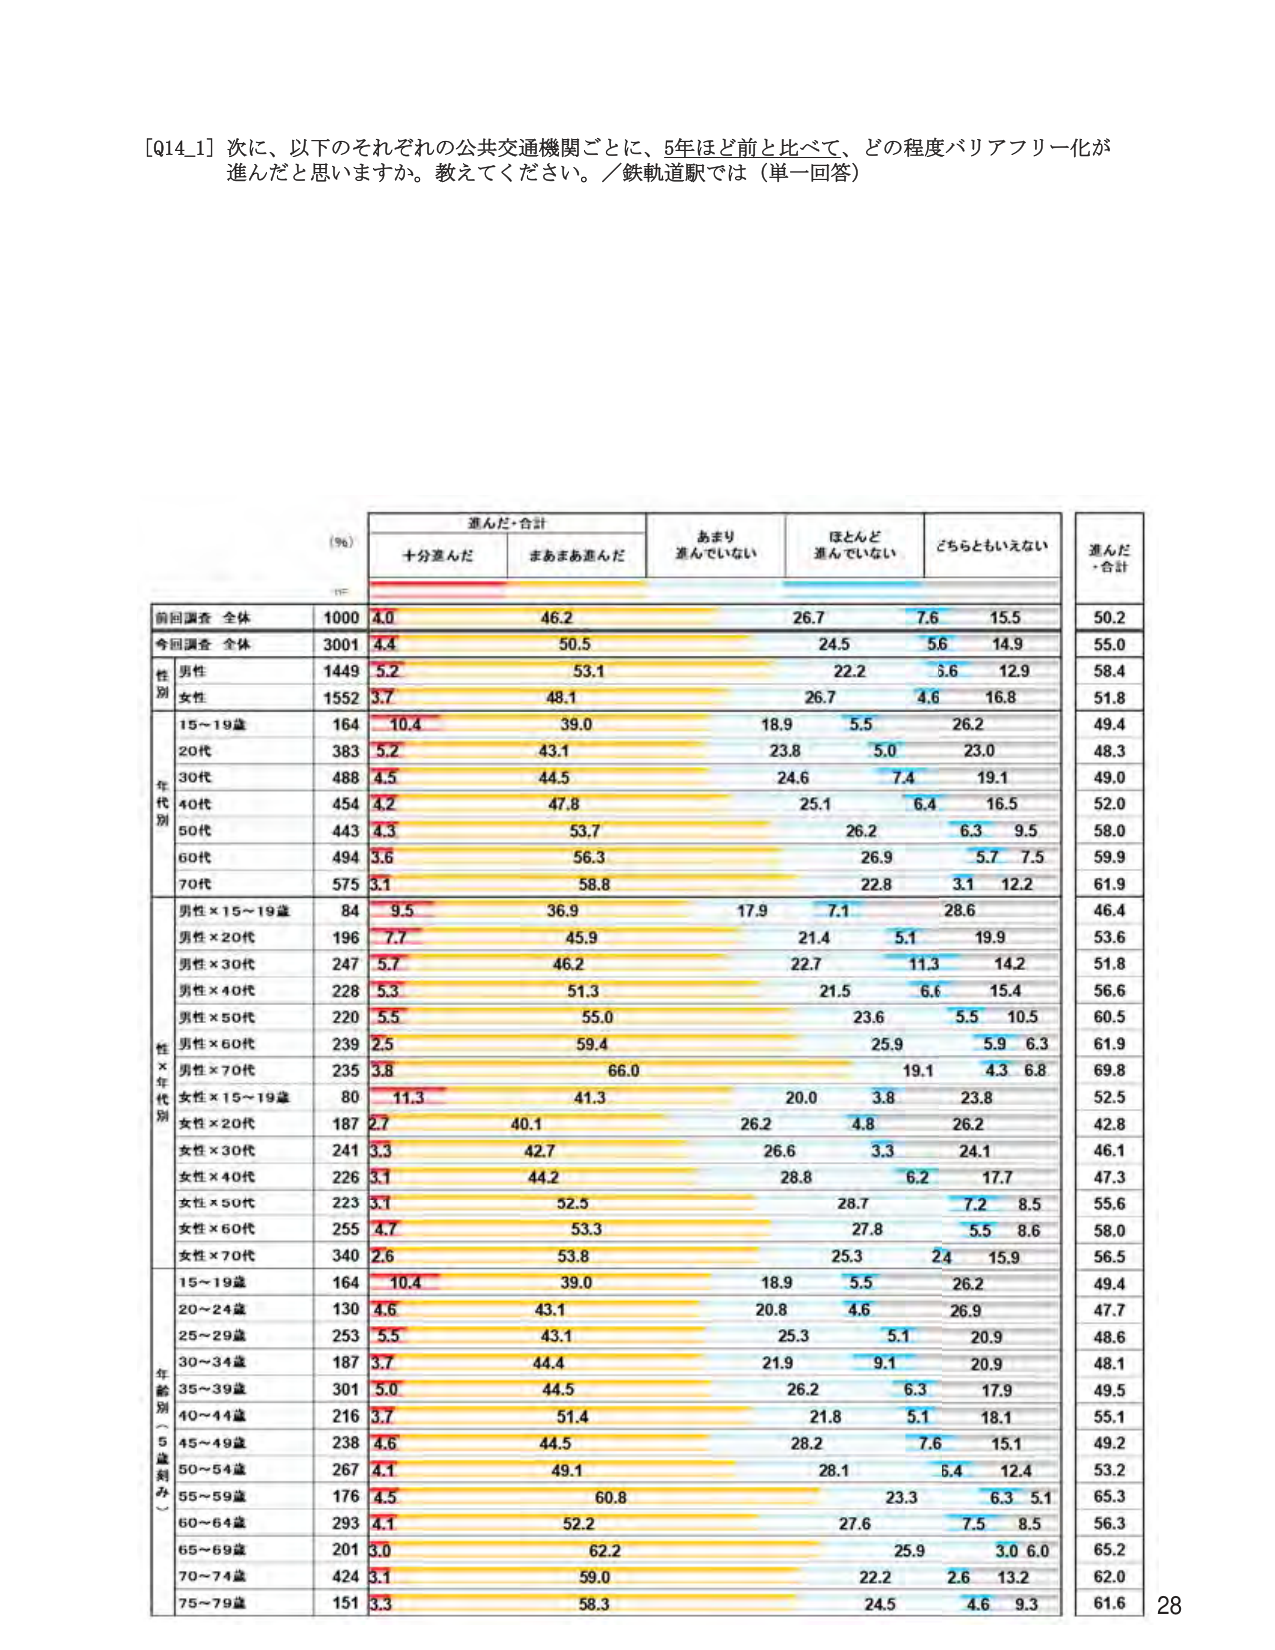
[Q14_1] 次に、以下のそれぞれの公共交通機関ごとに、5年ほど前と比べて、どの程度バリアフリー化が進んだと思いますか。教えてください。／鉄軌道駅では（単一回答）

(%)
進んだ・合計
十分進んだ
まあまあ進んだ
あまり進んでいない
ほとんど進んでいない
どちらともいえない
進んだ・合計

前回調査 全体
1000
4.0
46.2
26.7
7.6
15.5
50.2

今回調査 全体
3001
4.4
50.5
24.5
5.6
14.9
55.0

性別
男性
1449
5.2
53.1
22.2
5.6
12.9
58.4
女性
1552
3.7
48.1
26.7
4.6
16.8
51.8

年代別
15～19歳
164
10.4
39.0
18.9
5.5
26.2
49.4
20代
383
5.2
43.1
23.8
5.0
23.0
48.3
30代
488
4.5
44.5
24.6
7.4
19.1
49.0
40代
454
4.2
47.8
25.1
6.4
16.5
52.0
50代
443
4.3
53.7
26.2
6.3
9.5
58.0
60代
494
3.6
56.3
26.9
5.7
7.5
59.9
70代
575
3.1
58.8
22.8
3.1
12.2
61.9

性×年代別
男性×15～19歳
84
9.5
36.9
17.9
7.1
28.6
46.4
男性×20代
196
7.7
45.9
21.4
5.1
19.9
53.6
男性×30代
247
5.7
46.2
22.7
11.3
14.2
51.8
男性×40代
228
5.3
51.3
21.5
6.6
15.4
56.6
男性×50代
220
5.5
55.0
23.6
5.5
10.5
60.5
男性×60代
239
2.5
59.4
25.9
5.9
6.3
61.9
男性×70代
235
3.8
66.0
19.1
4.3
6.8
69.8
女性×15～19歳
80
11.3
41.3
20.0
3.8
23.8
52.5
女性×20代
187
2.7
40.1
26.2
4.8
26.2
42.8
女性×30代
241
3.3
42.7
26.6
3.3
24.1
46.1
女性×40代
226
3.1
44.2
28.8
6.2
17.7
47.3
女性×50代
223
3.1
52.5
28.7
7.2
8.5
55.6
女性×60代
255
4.7
53.3
27.8
5.5
8.6
58.0
女性×70代
340
2.6
53.8
25.3
2.4
15.9
56.5

年齢別（5歳刻み）
15～19歳
164
10.4
39.0
18.9
5.5
26.2
49.4
20～24歳
130
4.6
43.1
20.8
4.6
26.9
47.7
25～29歳
253
5.5
43.1
25.3
5.1
20.9
48.6
30～34歳
187
3.7
44.4
21.9
9.1
20.9
48.1
35～39歳
301
5.0
44.5
26.2
6.3
17.9
49.5
40～44歳
216
3.7
51.4
21.8
5.1
18.1
55.1
45～49歳
238
4.6
44.5
28.2
7.6
15.1
49.2
50～54歳
267
4.1
49.1
28.1
5.4
12.4
53.2
55～59歳
176
4.5
60.8
23.3
6.3
5.1
65.3
60～64歳
293
4.1
52.2
27.6
7.5
8.5
56.3
65～69歳
201
3.0
62.2
25.9
3.0
6.0
65.2
70～74歳
424
3.1
59.0
22.2
2.6
13.2
62.0
75～79歳
151
3.3
58.3
24.5
4.6
9.3
61.6

28